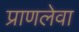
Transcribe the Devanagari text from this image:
प्राणलेवा